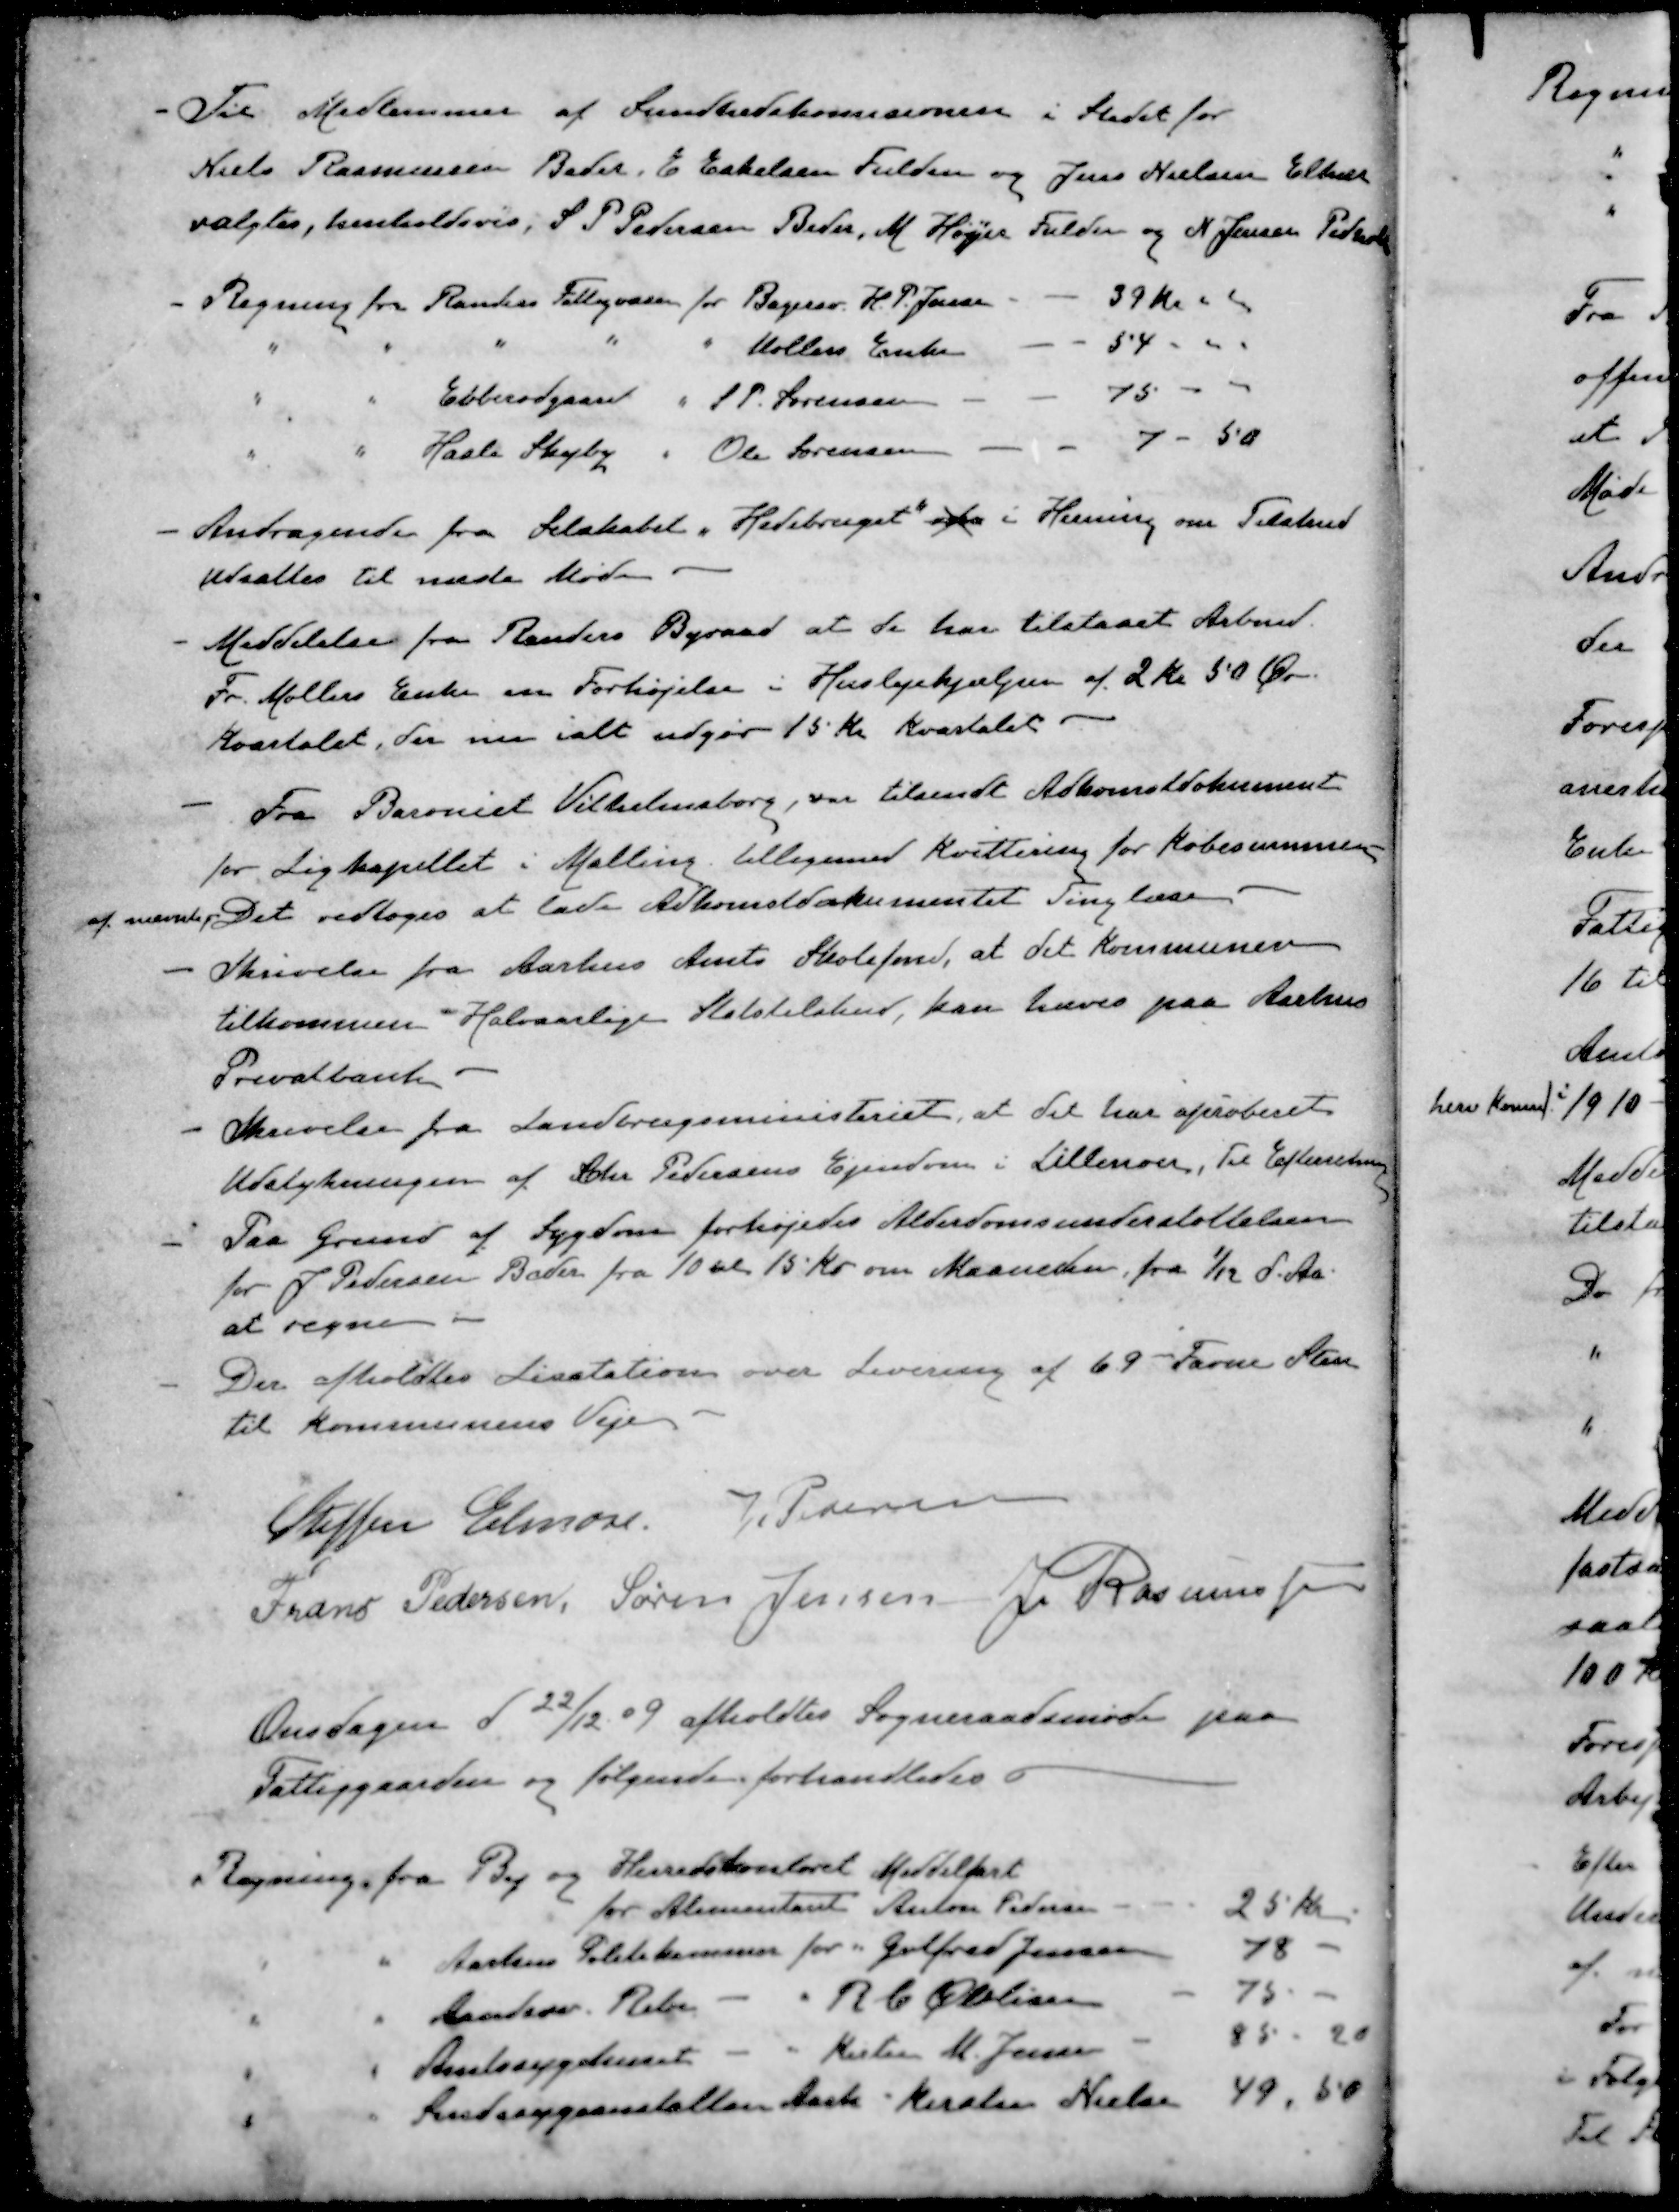
Transskription:
- Til Medlemmer af Sundhedskomisionen i Stedet for
Niels Rasmussen Beder, E Eskelsen Fulden og Jens Nielsen Elkær
valgtes, henholdsvis, S. P. Pedersen Beder, M. Højer Fulden og N. Jensen Pedholt
- Regning fra Randers Fattigvæsen for Bagersv. H. P. Jensen
39 kr
" " " " " Møllers Enke
54
" " Ebberødgaard " S. P. Sørensen
75
" " Hasle Skejby " Ole Sørensen
7 - 50
- Andragende fra Selskabet "Hedebruget" fra i Herning om Tilskud
Udsattes til næste Møde
- Meddelelse fra Randers Byraad at de har tilstaaet Arbmd.
Fr. Møllers Enke en Forhøjelse i Huslejehjælpen af 2 kr 50 Øre.
Kvartalet, der nu ialt udgør 15 Kr Kvartalet
- Fra Baroniet Vilhelmsborg, var tilsendt Adkomstdokument
for Ligkapellet i Malling tilligemed Kvittering for Købesummen
af nævnte Det vedtoges at lade Adkomstdokumentet Tinglæse
- Skrivelse fra Aarhus Amts Skolefond, at det kommunen
tilkommen Halvaarlige Statstilskud, kan hæves paa Aarhus
Privatbank
- Skrivelse fra Landbrugsministeriet, at det har aproberet
Udstykningen af Peter Pedersens Ejendom i Lillenoer, Til Efterretning
- Paa Grund af Sygdom forhøjedes Alderdomsunderstøttelsen
for J Pedersen Beder fra 10 til 15 Kr om Maaneden, fra 1/12 d. Aa.
at regne
- Der afholdtes Licitation over Levering af 69 Favne Sten
til Kommunens Veje
Steffen Elmose
V Petersen
Frans Pedersen
Søren Jensen
J. Rasmussen
Onsdagen d 22/12 09 afholdtes Sogneraadsmøde paa
Fattiggaarden og følgende forhandledes
Regning fra By og Herredskontoret Middelfart
for Alimentant Anton Pedersen
25 kr
" " Aarhus Politikammer for Gotfred Jensen
78
" " Aandssv. Ribe - " R. C. Olesen
75
" " Amtssygehuset - " Kesten M. Jensen
85 - 20
" " Sindssygeanstalten Aarh. " Kirsten Nielsen
49,50